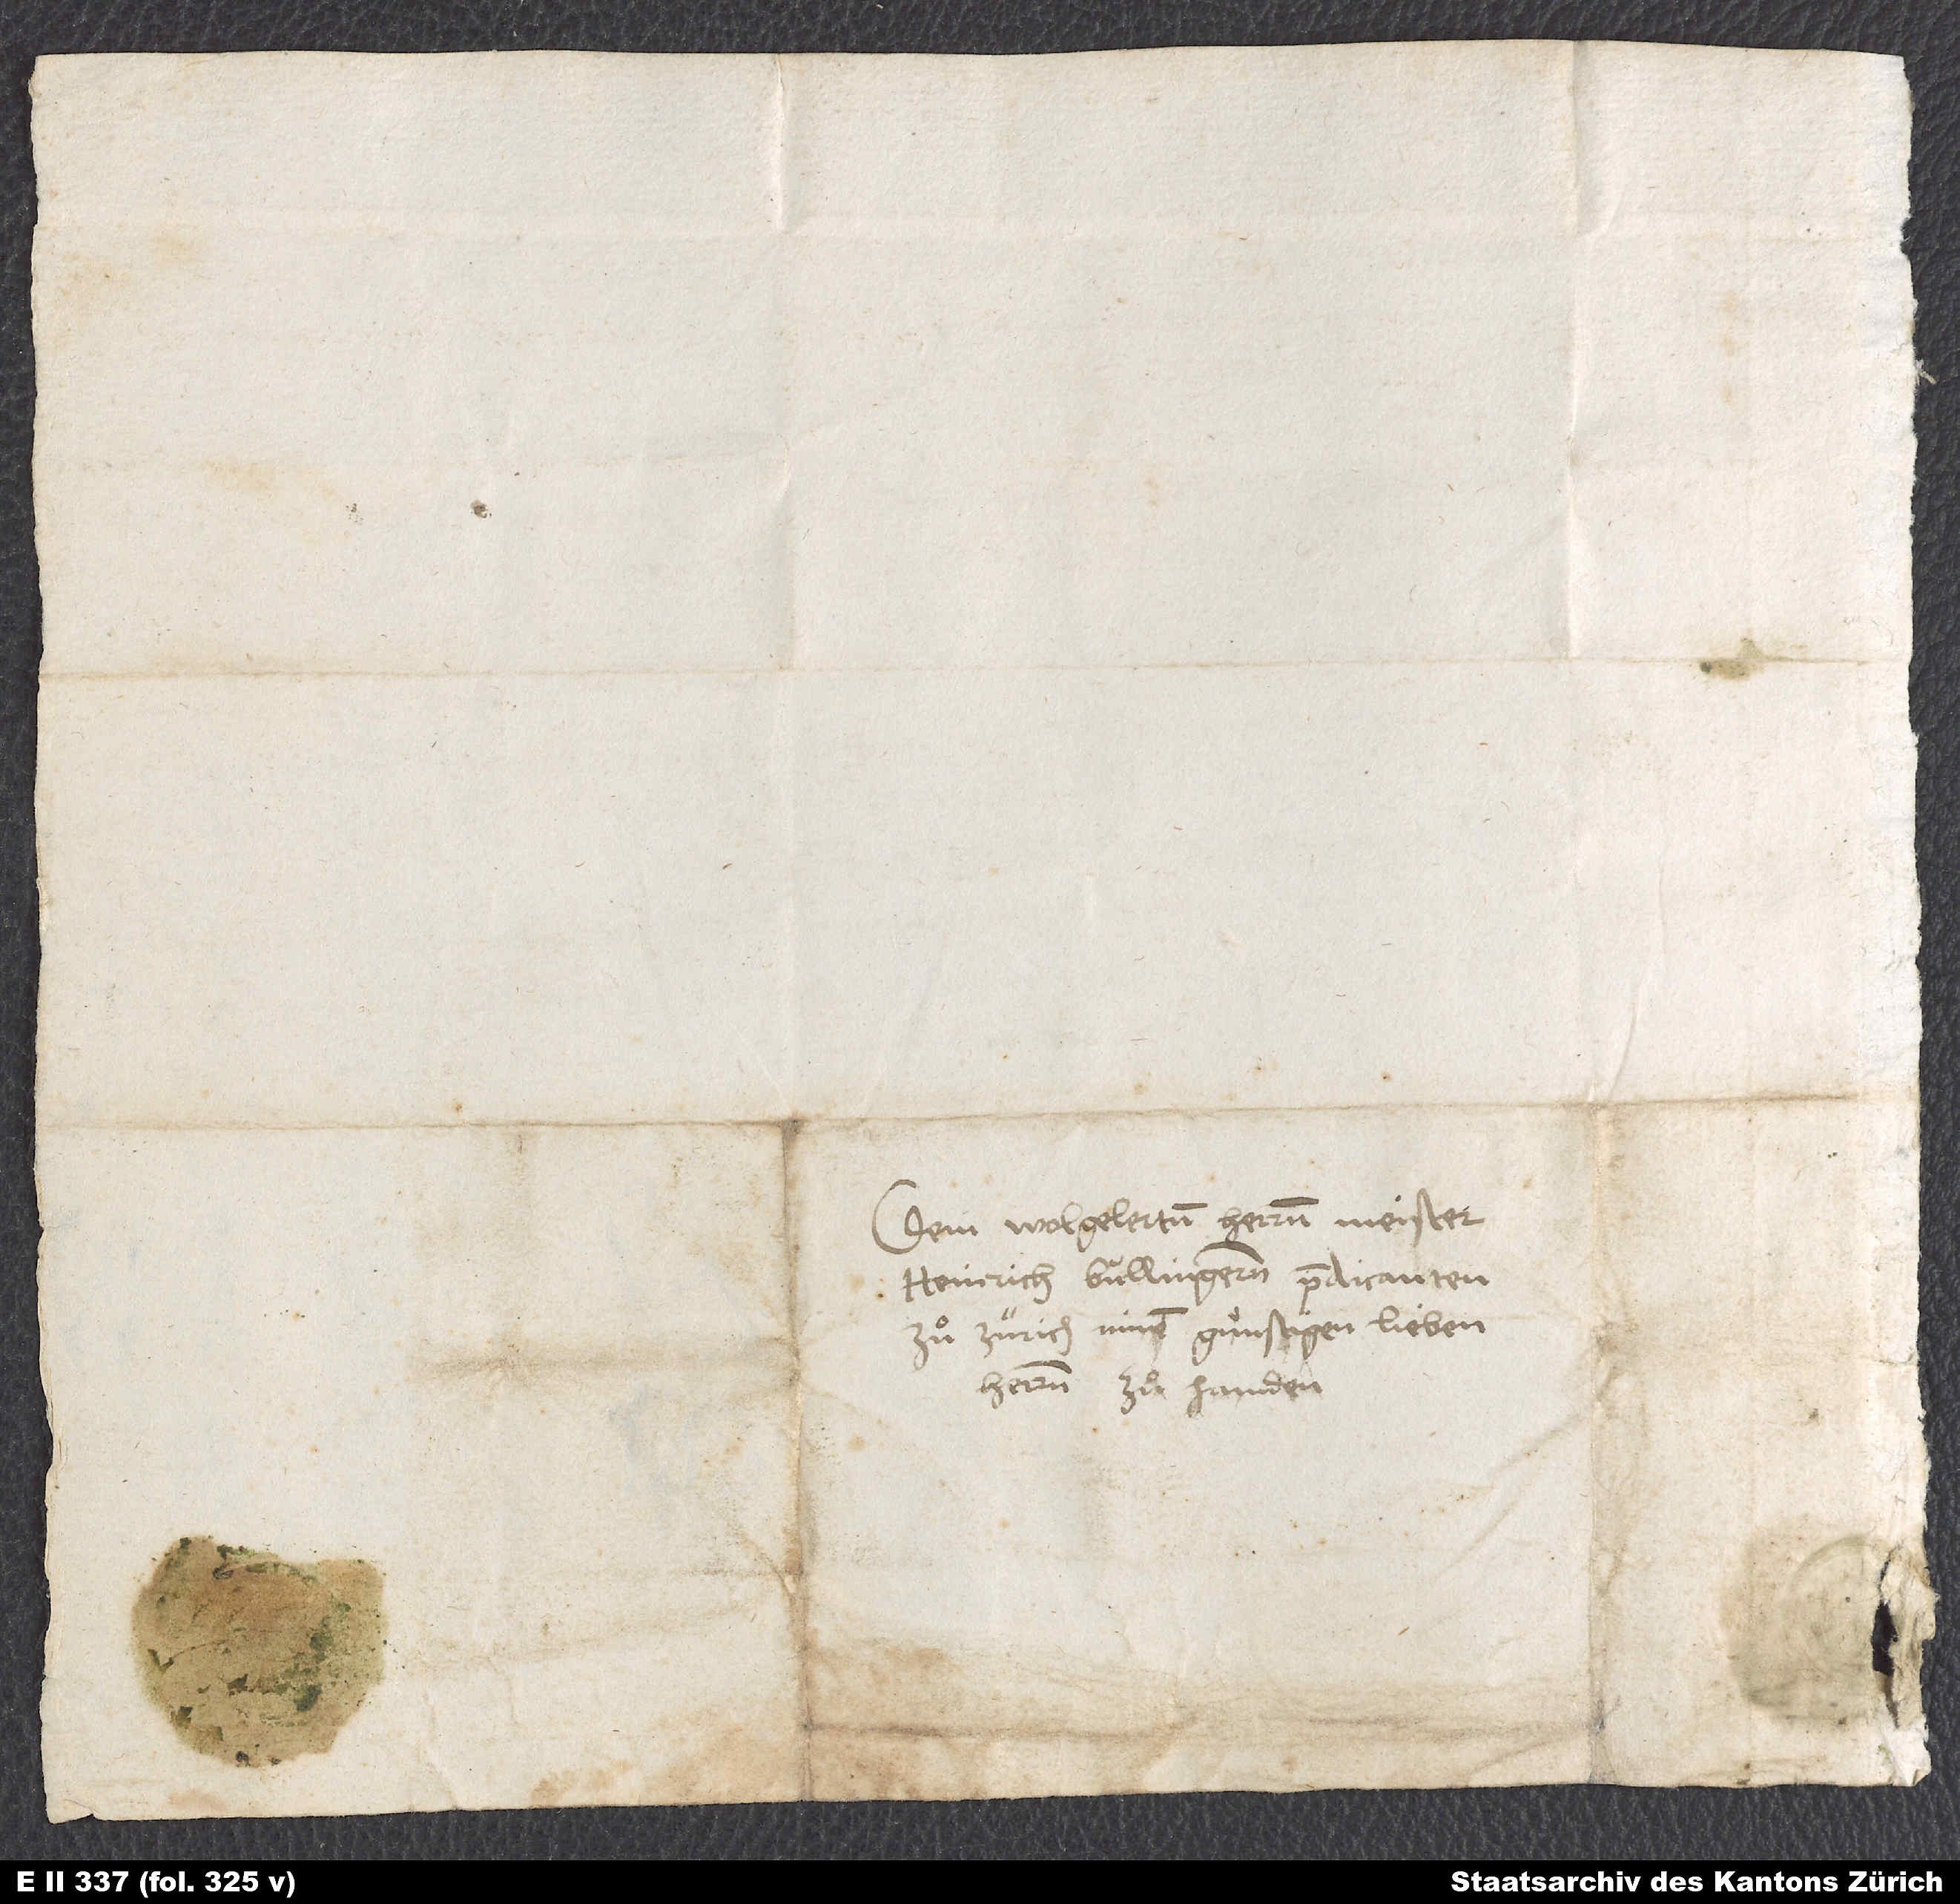
Dem wolgelerten herrnn Meister
Heinrich Bullingernn, predicanten
zuͦ Zürich, minem gunstigen, lieben
herrnn zuͦ handen.